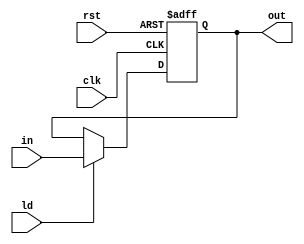
`timescale 1ns/1ns
module Reg2(input clk, rst, ld, input [1:0] in, output reg [1:0] out);
	always @(posedge clk, posedge rst) begin
		if(rst) begin
			out <= 2'b0;
		end else begin
			out <= ld ? in : out;
		end
	end
endmodule